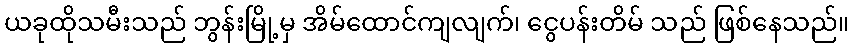
ယခုထိုသမီးသည် ဘွန်းမြို့မှ အိမ်ထောင်ကျလျက်၊ ငွေပန်းတိမ် သည် ဖြစ်နေသည်။